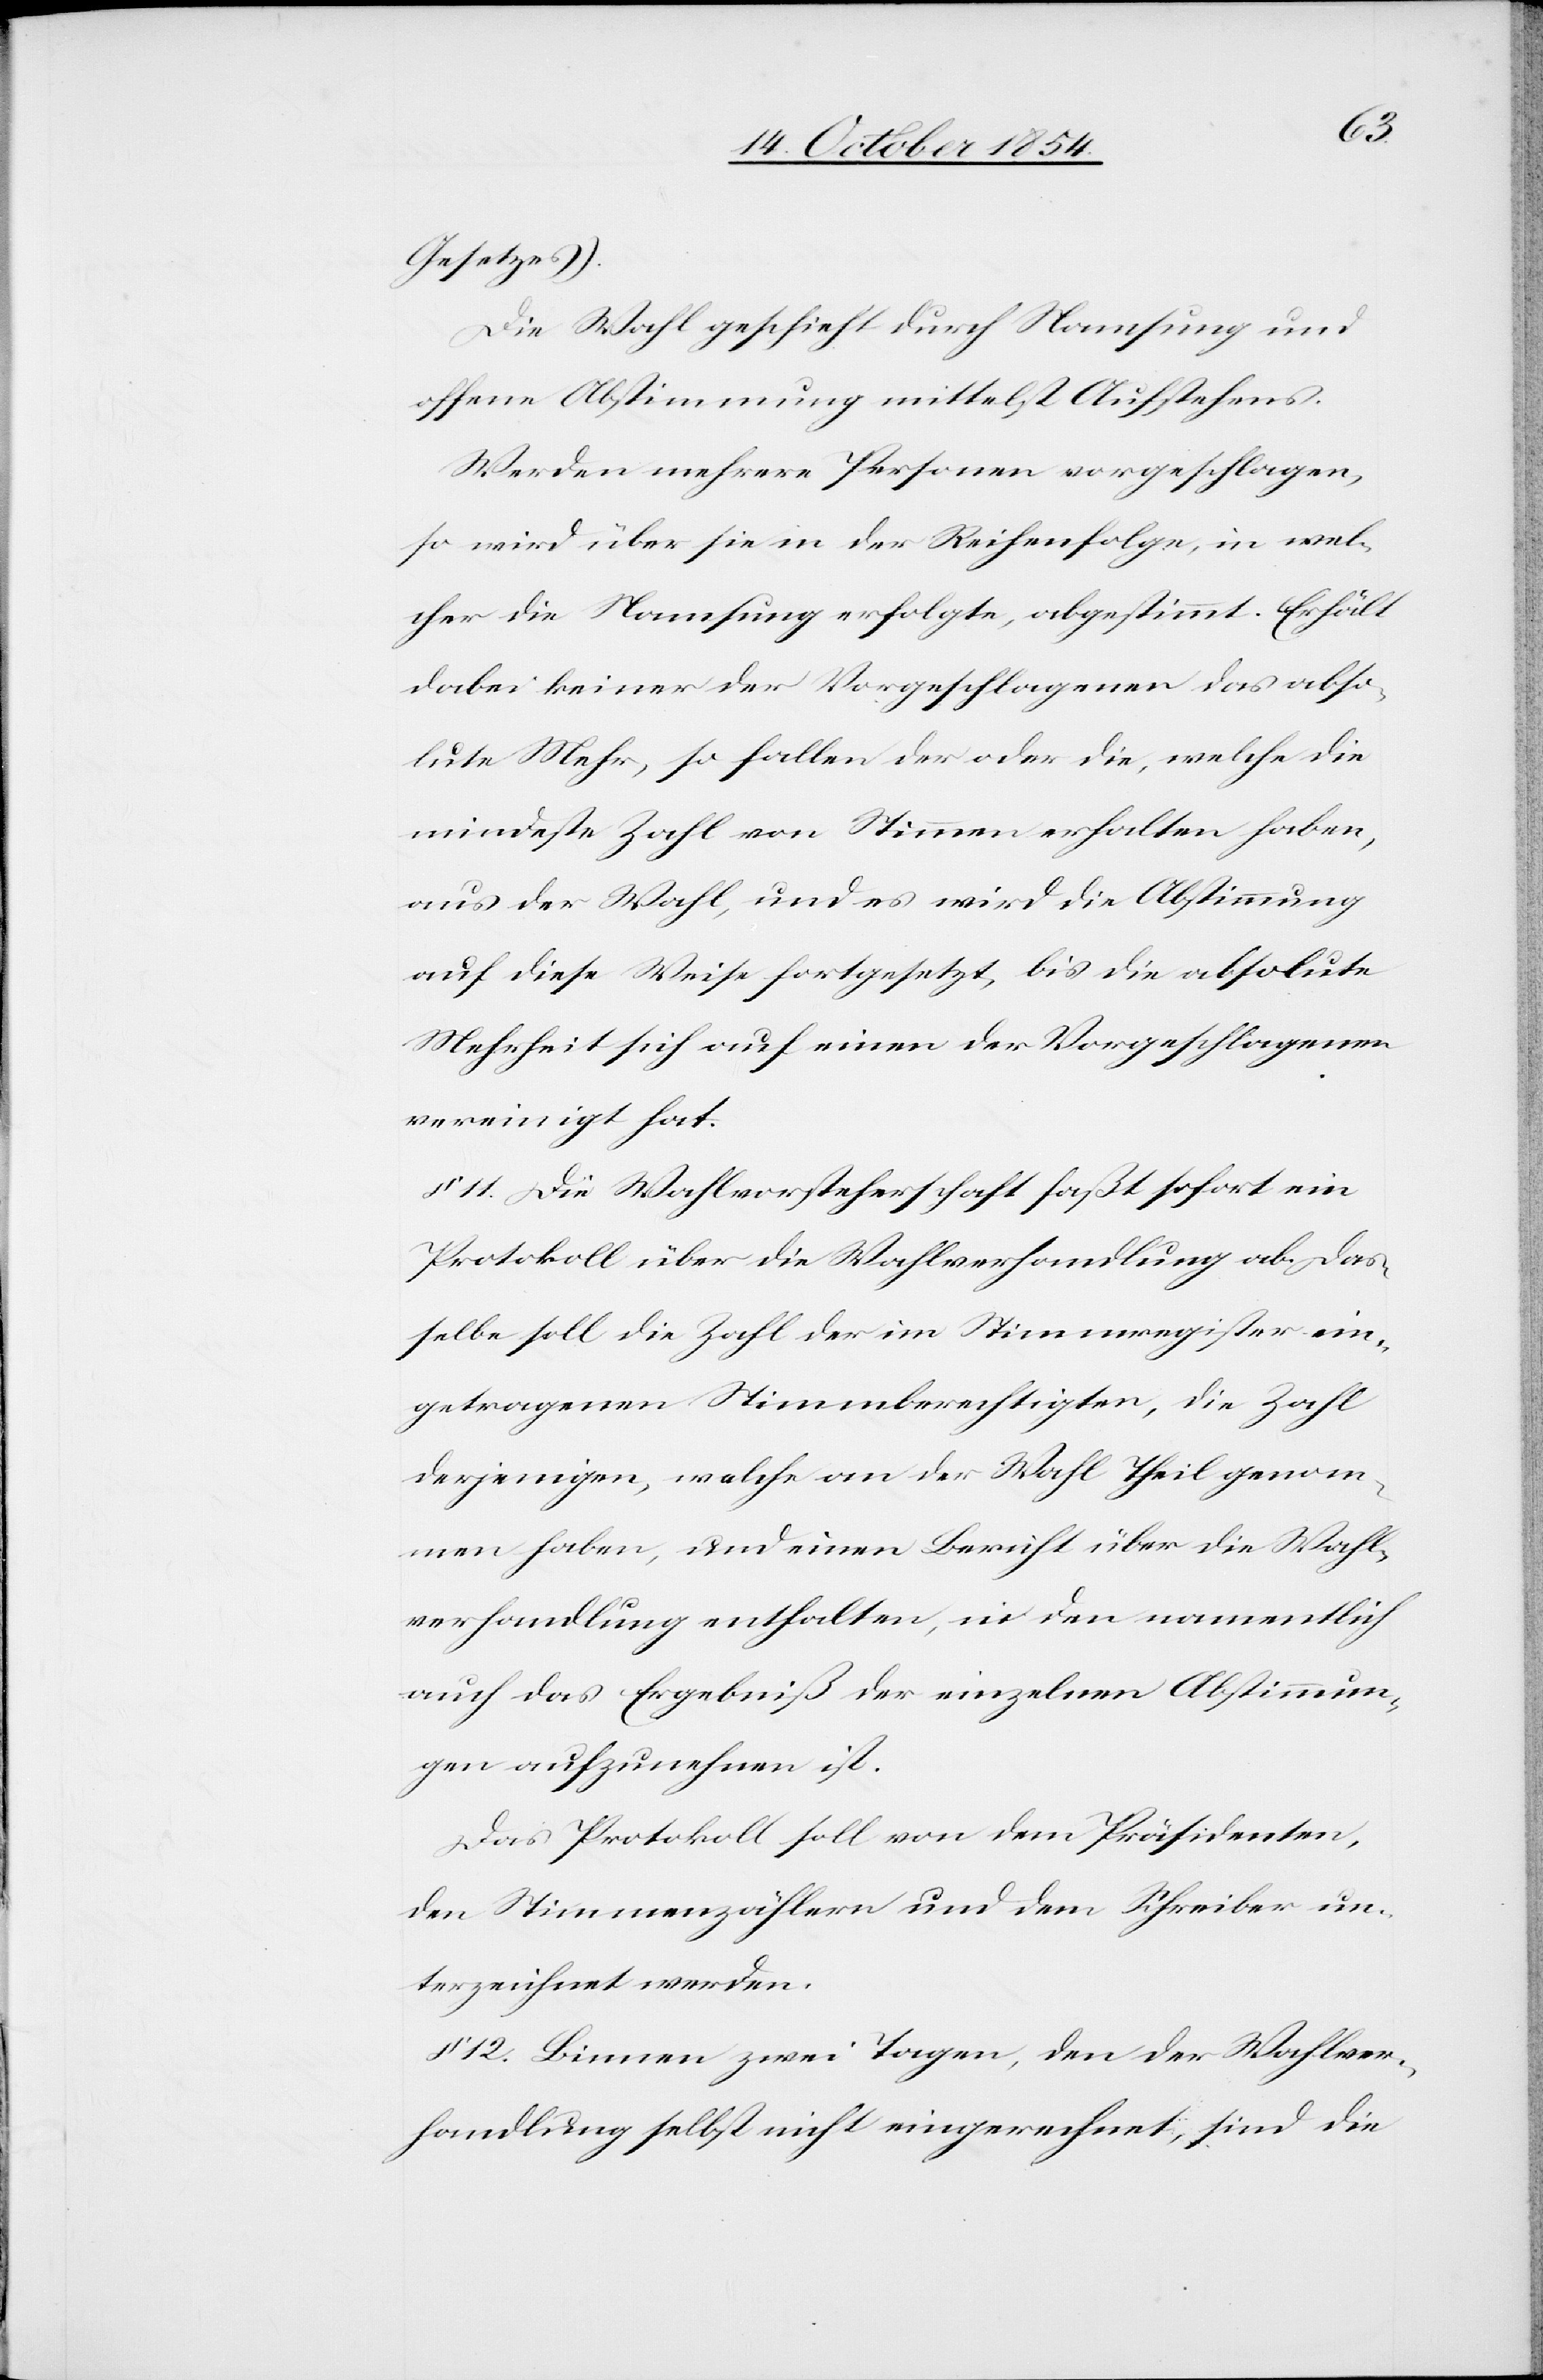
Gesetzes).
Die Wahl geschieht durch Namsung und
offene Abstimmung mittelst Aufstehens.
Werden mehrere Personen vorgeschlagen,
so wird über sie in der Reihenfolge, in wel¬
cher die Namsung erfolgte, abgestimmt. Erhält
dabei keiner der Vorgeschlagenen das abso¬
lute Mehr, so fallen der oder die, welche die
mindeste Zahl von Stimmen erhalten haben,
aus der Wahl, und es wird die Abstimmung
auf diese Weise fortgesetzt, bis die absolute
Mehrheit sich auf einen der Vorgeschlagenen
vereinigt hat.
§ 11. Die Wahlvorsteherschaft faßt sofort ein
Protokoll über die Wahlverhandlung ab. Das¬
selbe soll die Zahl der im Stimmregister ein¬
getragenen Stimmberechtigten, die Zahl
derjenigen, welche an der Wahl Theil genom¬
men haben, und einen Bericht über die Wahl¬
verhandlungen enthalten, in den namentlich
auch das Ergebniß der einzelnen Abstimmun¬
gen aufzunehmen ist.
Das Protokoll soll von dem Präsidenten,
den Stimmenzählern und dem Schreiber un¬
terzeichnet werden.
§ 12. Binnen zwei Tagen, den der Wahlver¬
handlung selbst nicht eingerechnet, sind die